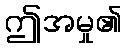
ဤအမှု၏